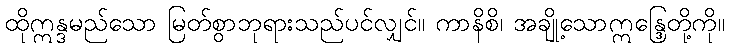
ထိုဣန္ဒမည်သော မြတ်စွာဘုရားသည်ပင်လျှင်။ ကာနိစိ၊ အချို့သောဣန္ဒြေတို့ကို။